Annual returns of the Patna Lunatic Asylum at Bankipore in Bihar and Orissa - 1912-1924
Year: 1912
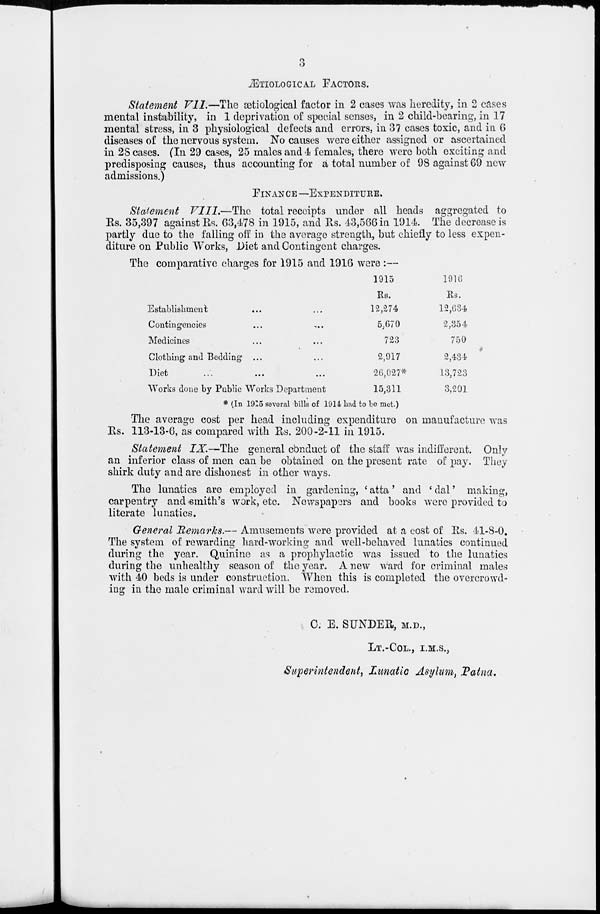
3
ÆTIOLOGICAL
FACTOR.
Statement VII.—The ætiological factor in 2 cases was heredity, in 2 cases
mental instability, in 1 deprivation of special senses, in 2 child-bearing, in 17
mental stress, in 3 physiological defects and errors, in 37 cases toxic, and in 6
diseases of the nervous system. No causes were either assigned or ascertained
in 28 cases. (In 29 cases, 25 males and 4 females, there were both exciting and
predisposing causes, thus accounting for a total number of 98 against 69 new
admissions.)
FINANCE—EXPENDITURE.
Statement VIII.—The
total receipts under all heads aggregated to
Rs. 35,397 against Rs. 63,478 in 1915, and Rs. 43,566 in 1914. The decrease is
partly due to the falling off in the average strength, but chiefly to less expen-
diture on Public Works, Diet and Contingent charges.
The comparative charges for 1915 and 1916 were :—
Establishment ... ...
Contingencies ... ...
Medicines ... ...
Clothing and Bedding ... ...
Diet ... ... ...
"Works done by Public Works Department
1915
Rs.
12,274
5,670
723
2,917
26,027*
15,311
1916
Rs.
12,634
2,354
750
2,434
13,723
3,291
* (In 1915 several bills of 1914 had to be met.)
The average cost per head including expenditure on manufacture was
Rs. 113-13-6, as compared with Rs. 200-2-11 in 1915.
Statement IX.—The general conduct of the staff was indifferent. Only
an inferior class of men can be obtained on the present rate of pay. They
shirk duty and are dishonest in other ways.
The lunatics are employed in gardening, ' atta' and 'dal' making,
carpentry and smith's work, etc. Newspapers and books were provided to
literate lunatics.
General Remarks.— Amusements were provided at a cost of Rs. 41-8-0.
The system of rewarding hard-working and well-behaved lunatics continued
during the year. Quinine as a prophylactic was issued to the lunatics
during the unhealthy season of the year. A new ward for criminal males
with 40 beds is under construction. When this is completed the overcrowd-
ing in the male criminal ward will be removed.
C. E. SUNDER, M.D.,
LT.-COL., I.M.S.,
Superintendent, Lunatic Asylum, Patna.